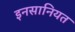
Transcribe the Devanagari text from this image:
इनसानियत